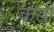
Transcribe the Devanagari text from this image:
कंडों